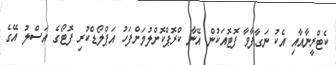
ކެޓްރީނާއާއި އެކު ނަގާފާވާ ފޮޓޮއަކުން އޭނާ ކްރޮޕްކޮށްލުމަށްފަހު އަޕްލޯޑްކުރި ފޮޓޯގެ އަސްލު އޭގެ